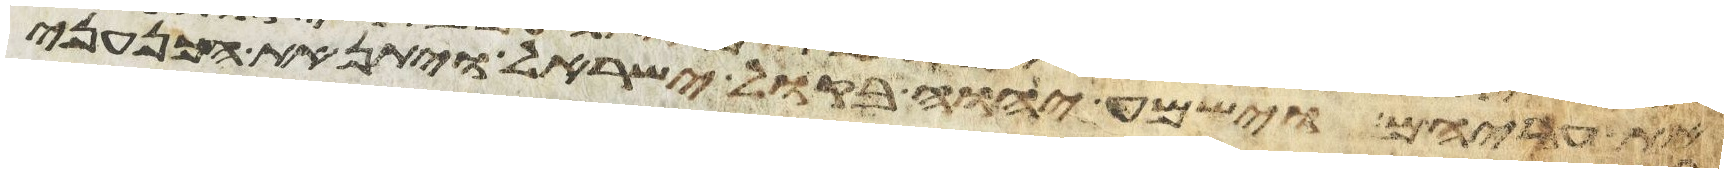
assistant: את עריהם וישמע יהוה בקול ישראל ויתן את הכנעני